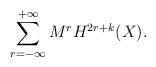
LaTeX: \begin{align*}\sum_{r=-\infty}^{+\infty}M^{r}H^{2r+k}(X).\end{align*}